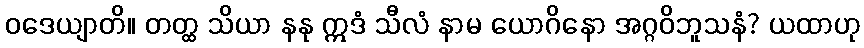
ဝဒေယျာတိ။ တတ္ထ သိယာ နနု ဣဒံ သီလံ နာမ ယောဂိနော အဂ္ဂဝိဘူသနံ? ယထာဟု